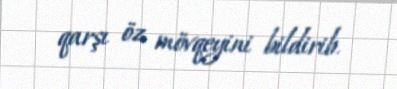
qarşı öz mövqeyini bildirib.